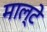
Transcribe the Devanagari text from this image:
माल्टे